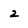
Character: 2